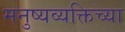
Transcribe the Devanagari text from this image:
मनुष्यव्यक्तिच्या